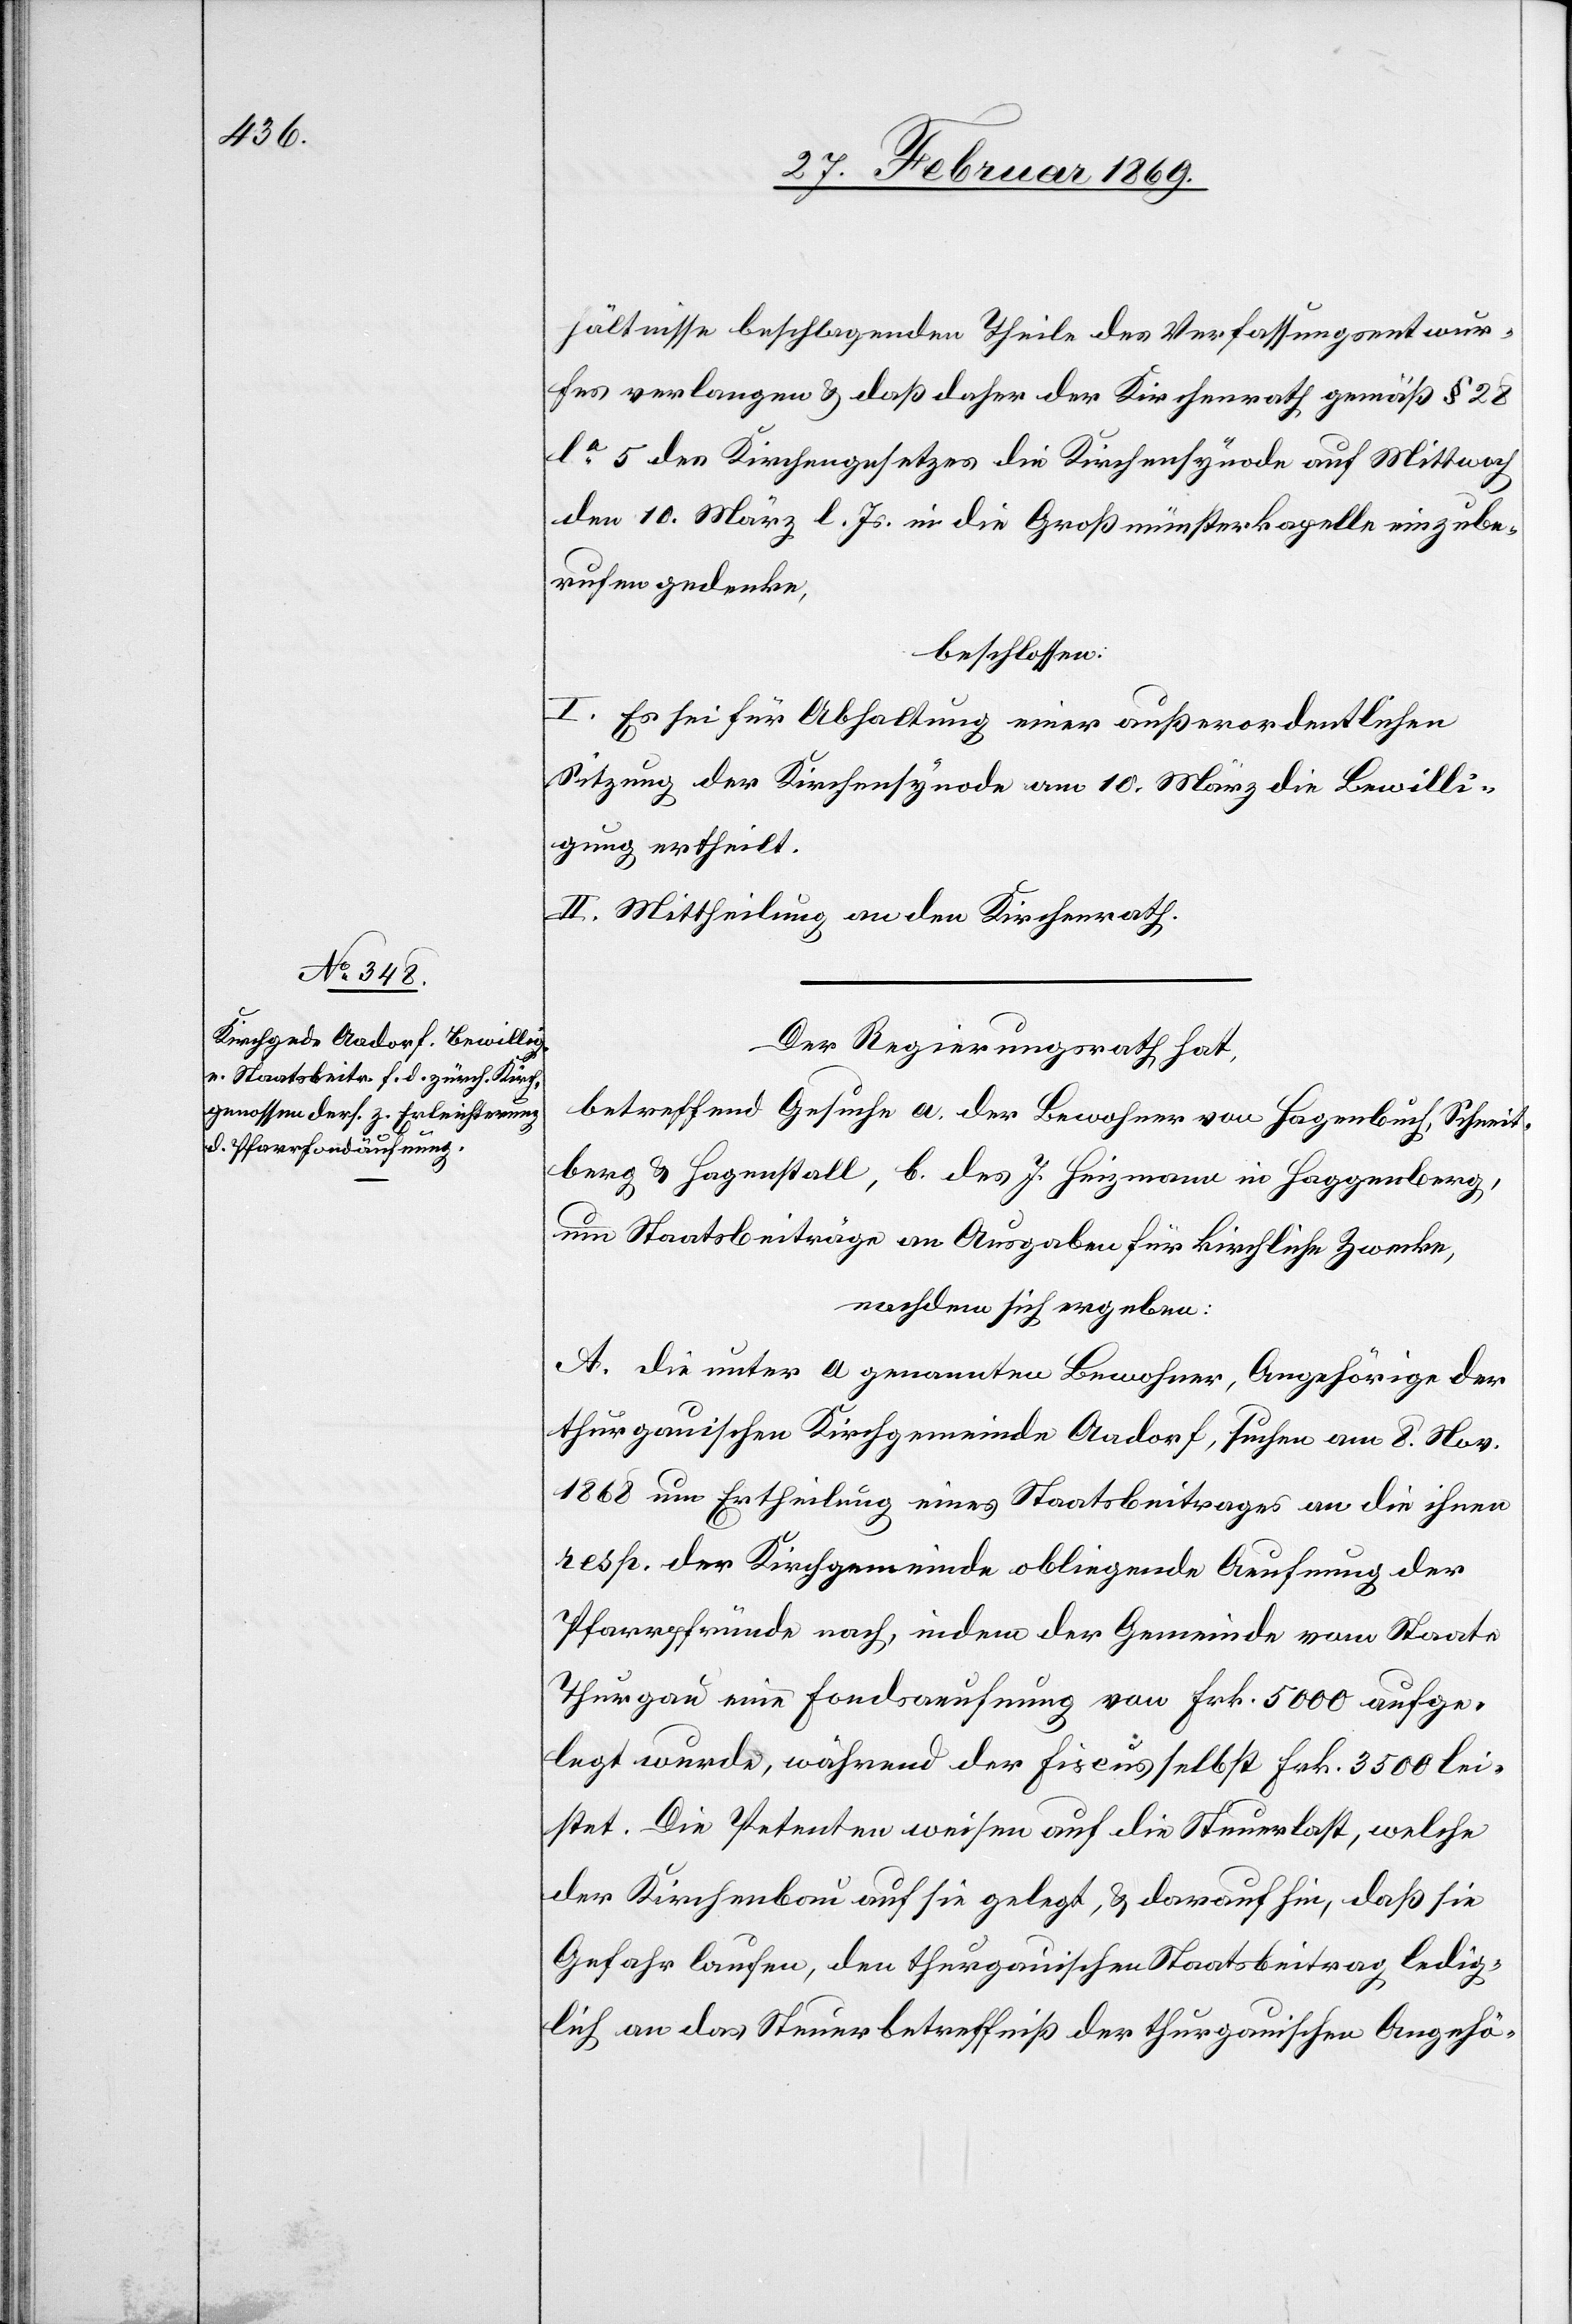
hältnisse beschlagenden Theile des Verfassungsentwur¬
fes verlangen & daß daher der Kirchenrath gemäß § 28
la 5 des Kirchengesetzes die Kirchensynode auf Mittwoch
den 10. März l. Js. in die Großmünsterkapelle einzube¬
rufen gedenke,
beschlossen:
I. Es sei für Abhaltung einer außerordentlichen
Sitzung der Kirchensynode am 10. März die Bewilli¬
gung ertheilt.
II. Mittheilung an den Kirchenrath.
Der Regierungsrath hat,
betreffend Gesuche a. der Bewohner von Hagenbuch Schreit¬
berg u. Hagenstall, b. des J. Heizmann in Haggenberg,
um Staatsbeiträge an Ausgaben für kirchliche Zwecke,
nachdem sich ergeben:
A. Die unter a genannten Bewohner, Angehörige der
thurgauischen Kirchgemeinde Aadorf, suchen am 8. Nov.
1868 um Ertheilung eines Staatsbeitrages an die ihnen
resp. der Kirchgemeinde obliegende Aeufnung der
Pfarrpfründe nach, indem der Gemeinde vom Staate
Thurgau eine Fondsaeufnung von Frk. 5000 aufge¬
legt wurde, während der Fiscus selbst Frk. 3500 lei¬
stet. Die Petenten weisen auf die Steuerlast, welche
der Kirchenbau auf sie gelegt, & darauf hin, daß sie
Gefahr laufen, den thurgauischen Staatsbeitrag ledig¬
lich an das Steuerbetreffniß der thurgauischen Angehö-